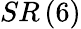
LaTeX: SR\left(6\right)